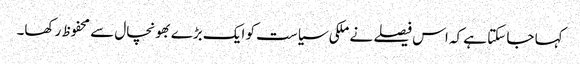
کہا جا سکتا ہے کہ اس فیصلے نے ملکی سیاست کو ایک بڑے بھونچال سے محفوظ رکھا۔